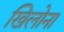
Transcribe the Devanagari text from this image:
खिलोना